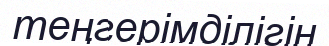
теңгерімділігін